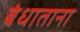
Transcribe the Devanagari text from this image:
बंधाताना